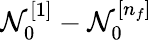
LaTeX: \mathcal{N}_{0}^{[1]}-\mathcal{N}_{0}^{[n_{f}]}